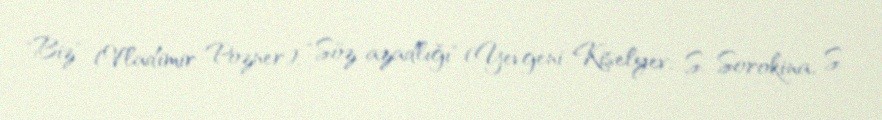
"Biz" (Vladimir Pozner), "Söz azadlığı" (Yevgeni Kiselyev, S. Sorokina, S.